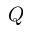
Q